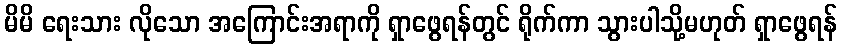
မိမိ ရေးသား လိုသော အကြောင်းအရာကို ရှာဖွေရန်တွင် ရိုက်ကာ သွားပါသို့မဟုတ် ရှာဖွေရန်